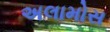
અલામોસ